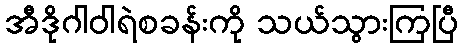
အီဒိုဂါဝါရဲစခန်းကို သယ်သွားကြပြီ